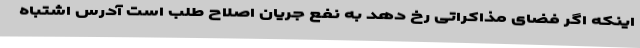
اینکه اگر فضای مذاکراتی رخ دهد به نفع جریان اصلاح طلب است آدرس اشتباه